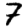
Digit: 7